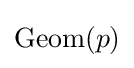
\mathrm {Geom} (p)